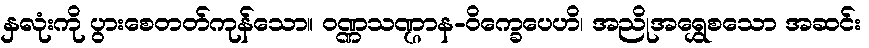
နှလုံးကို ပွားစေတတ်ကုန်သော။ ဝဏ္ဏသဏ္ဌာန-ဝိက္ခေပေဟိ၊ အညိုအရွှေစသော အဆင်း